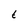
Character: t